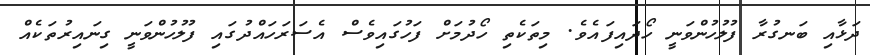
ދަޅާއި ބަނގުރާ ފުލުހުންވަނީ ހޯދައިފައެވެ. މިތަކެތި ހޯދުމަށް ފަހުގައިވެސް އެސަރަހައްދުގައި ފުލުހުންވަނީ ގިނައިރުތަކެއް